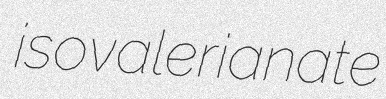
isovalerianate